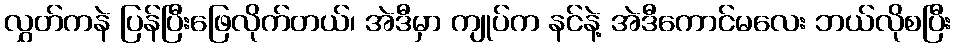
လွှတ်ကနဲ ပြန်ပြီးဖြေလိုက်တယ်၊ အဲဒီမှာ ကျုပ်က နင်နဲ့ အဲဒီကောင်မလေး ဘယ်လိုစပြီး